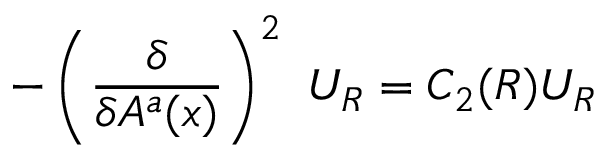
- \left( \frac { \delta } { \delta A ^ { a } ( x ) } \right) ^ { 2 } ~ U _ { R } = C _ { 2 } ( R ) U _ { R }